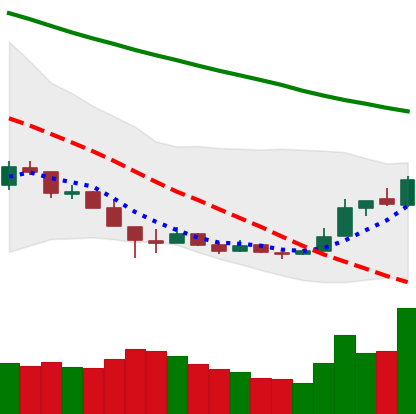
Ticker: LTC-USD
Chart end date: 2018-12-20
Forward return: -5.127%
Label: down_5_7